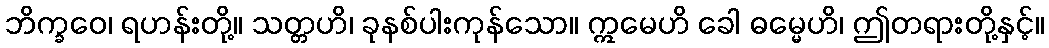
ဘိက္ခဝေ၊ ရဟန်းတို့။ သတ္တဟိ၊ ခုနစ်ပါးကုန်သော။ ဣမေဟိ ခေါ ဓမ္မေဟိ၊ ဤတရားတို့နှင့်။